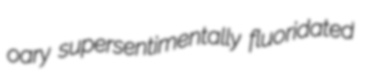
oary supersentimentally fluoridated